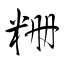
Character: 粣